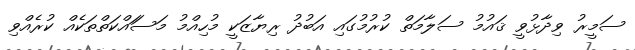
ސަމީރު ވިދާޅުވީ ޤައުމު ސަލާމަތް ކުރުމުގައި އަބުދު ރިޔާޒަކީ މުހިއްމު މަސަައްކަތްތަކެއް ކުރެއްވި